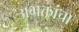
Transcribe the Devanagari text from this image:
अभक्तांचा